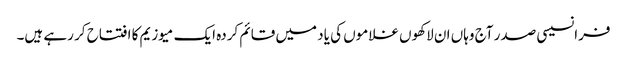
فرانسیسی صدر آج وہاں ان لاکھوں غلاموں کی یاد میں قائم کردہ ایک میوزیم کا افتتاح کر رہے ہیں۔